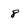
Character: 8